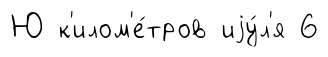
Ю к'илом'е́тров иjу́л'я 6